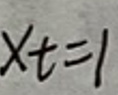
$x _ { t } = 1$